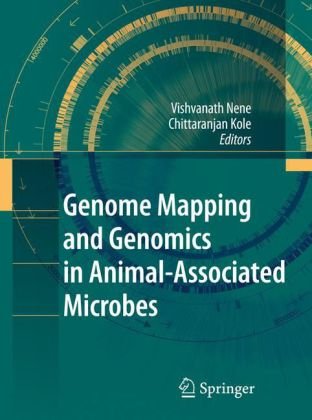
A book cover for Genome Mapping and Genomics in Animal-Associated Microbes; Medical Books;